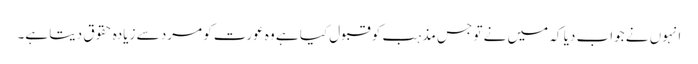
انہوں نے جواب دیا کہ میں نے تو جس مذہب کو قبول کیا ہے وہ عورت کو مرد سے زیادہ حقوق دیتا ہے۔